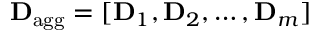
\mathbf { D } _ { \mathrm { a g g } } = [ \mathbf { D } _ { 1 } , \mathbf { D } _ { 2 } , \dots , \mathbf { D } _ { m } ]